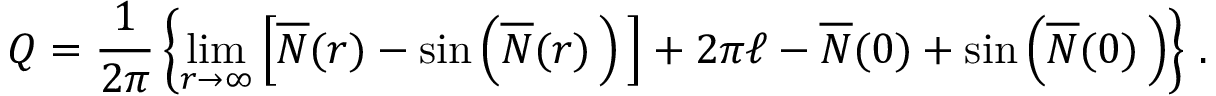
Q = \frac { 1 } { 2 \pi } \left\{ \operatorname * { l i m } _ { r { \rightarrow } { \infty } } \left[ \overline { { { \cal { N } } } } ( r ) - { \sin } \left( \overline { { { \cal { N } } } } ( r ) \, \right) \, \right] + 2 \pi \ell - \overline { { { \cal { N } } } } ( 0 ) + { \sin } \left( \overline { { { \cal { N } } } } ( 0 ) \, \right) \right\} \, .